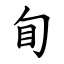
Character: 䀏